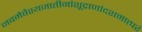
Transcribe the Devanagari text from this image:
नवमेवैश्यजातीनांशूद्राणांदशमात्परं